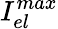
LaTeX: {{I}_{el}^{max}}